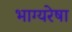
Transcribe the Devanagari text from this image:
भाग्यरेषा